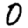
Digit: 0